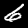
Digit: 6